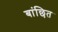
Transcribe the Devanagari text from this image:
बांछित